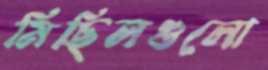
মিছিলগুলো